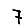
Digit: 7